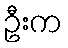
ဦးက